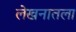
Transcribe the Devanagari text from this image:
लेखनातला